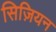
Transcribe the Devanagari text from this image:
सिज़ियन